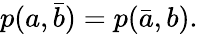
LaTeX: \begin{array}{r}{p(a,\bar{b})=p(\bar{a},b).}\end{array}